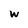
Character: w